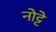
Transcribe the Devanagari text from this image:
नोट्टे